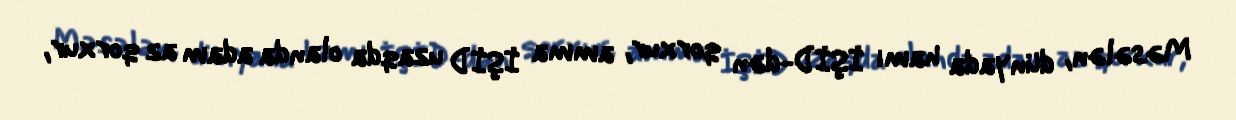
Məsələn, dünyada hamı İŞİD-dən qorxur, amma İŞİD uzaqda olanda adam az qorxur,